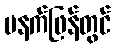
မနက်ဖြန်တွင်